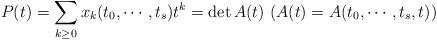
LaTeX: \begin{align*}P(t)=\sum_{k \geq 0} x_k(t_0, \cdots, t_s)t^k=\det A(t) \ (A(t)=A(t_0, \cdots, t_s, t)) \end{align*}